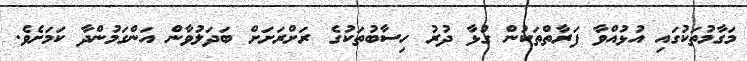
މަގާމުތަކުގައި އުޅުއްވާ ފަރާތްތަކުން ގުޅާ ދުރު ހިސާބުތަކުގެ ރަށްރަށަށް ބަދަލުވާން އަންގަމުންދާ ކަމަށެވެ.